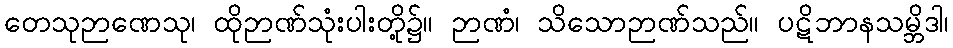
တေသုဉာဏေသု၊ ထိုဉာဏ်သုံးပါးတို့၌။ ဉာဏံ၊ သိသောဉာဏ်သည်။ ပဋိဘာနသမ္ဘိဒါ၊